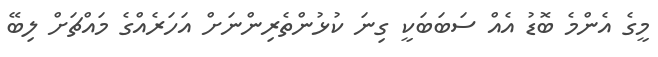
މީގެ އެންމެ ބޮޑު އެެއް ސަބަބަކީ ގިނަ ކުޅުންތެރިންނަށް އަހަރެއްގެ މައްޗަށް ލިބޭ